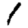
Digit: 1